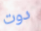
دوت